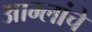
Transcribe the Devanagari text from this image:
आम्लांचे